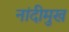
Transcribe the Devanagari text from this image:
नांदीमुख